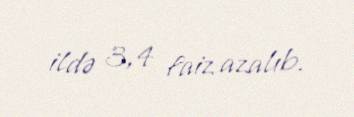
ildə 3,4 faiz azalıb.